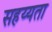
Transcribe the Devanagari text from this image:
सहय्यता